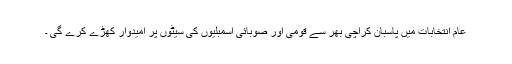
عام انتخابات میں پاسبان کراچی بھر سے قومی اور صوبائی اسمبلیوں کی سیٹوں پر امیدوار کھڑے کرے گی ۔